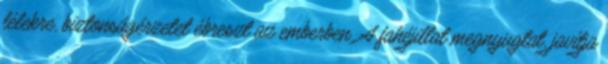
lélekre, biztonságérzetet ébreszt az emberben. A fahéjillat megnyugtat, javítja